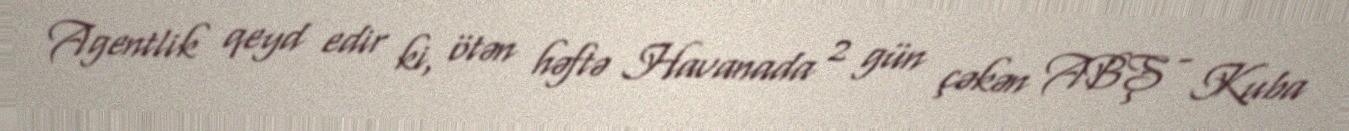
Agentlik qeyd edir ki, ötən həftə Havanada 2 gün çəkən ABŞ - Kuba